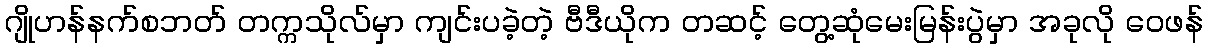
ဂျိုဟန်နက်စဘတ် တက္ကသိုလ်မှာ ကျင်းပခဲ့တဲ့ ဗီဒီယိုက တဆင့် တွေ့ဆုံမေးမြန်းပွဲမှာ အခုလို ဝေဖန်